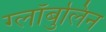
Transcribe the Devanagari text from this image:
ग्लॉबुलिन